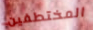
المختطفين